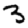
Digit: 3